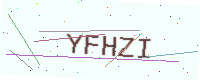
Text: YFHZI